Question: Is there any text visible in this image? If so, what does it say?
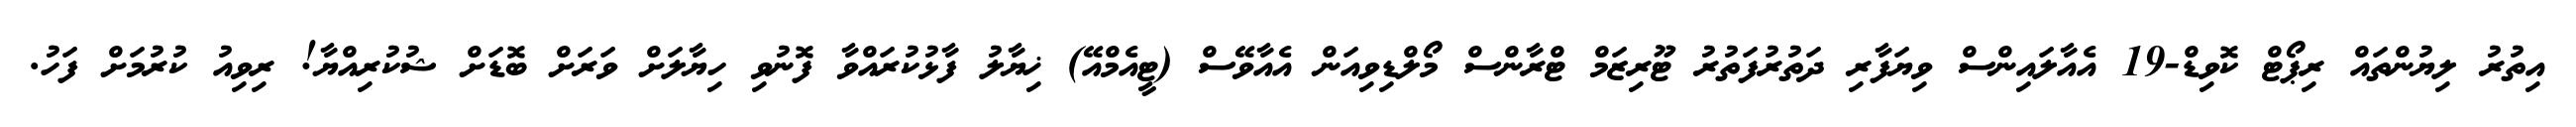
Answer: އިތުރު ލިޔުންތައް ރިޕޯޓް ކޮވިޑް-19 އެއާލައިންސް ވިޔަފާރި ދަތުރުފަތުރު ޓޫރިޒަމް ޓްރާންސް މޯލްޑިވިއަން އެއާވޭސް (ޓީއެމްއޭ) ޚިޔާލު ފާޅުކުރައްވާ ފޮނުވި ހިޔާލަށް ވަރަށް ބޮޑަށް ޝުކުރިއްޔާ! ރިވިއު ކުރުމަށް ފަހު.